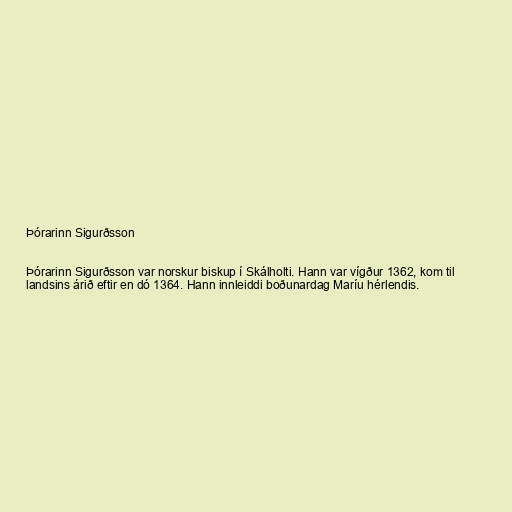
Þórarinn Sigurðsson

Þórarinn Sigurðsson var norskur biskup í Skálholti. Hann var vígður 1362, kom til
landsins árið eftir en dó 1364. Hann innleiddi boðunardag Maríu hérlendis.